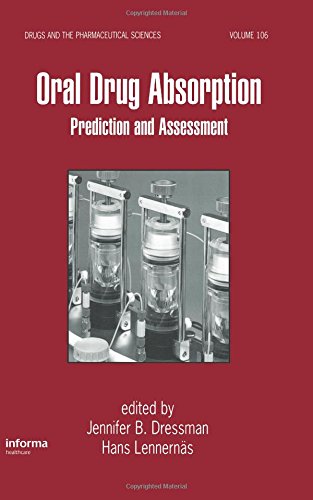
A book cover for Oral Drug Absorption: Prediction and Assessment (Drugs and the Pharmaceutical Sciences); Jennifer B. Dressman; Medical Books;